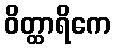
ဝိတ္ထာရိကေ